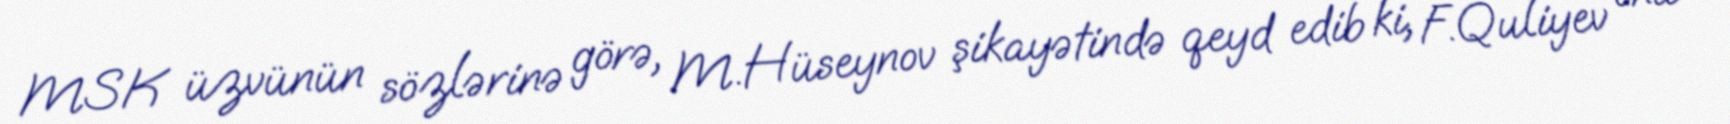
MSK üzvünün sözlərinə görə, M.Hüseynov şikayətində qeyd edib ki, F.Quliyev ona